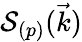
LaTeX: \mathcal{S}_{(p)}(\vec{k})